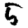
Digit: 5